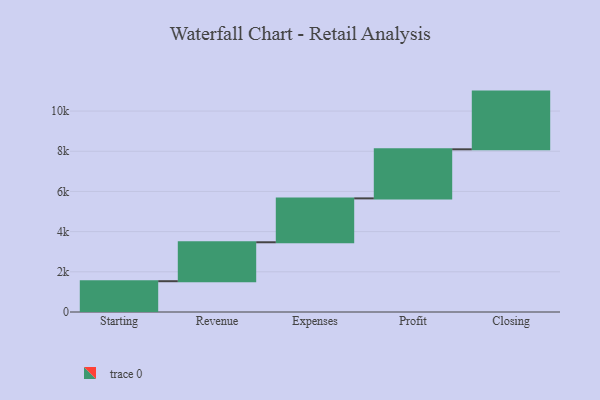
{"axis": {"x": "Step", "y": "Value"}, "legend": [""], "data": [{"x": "Starting", "y": 1532.0, "type": ""}, {"x": "Revenue", "y": 1938.0, "type": ""}, {"x": "Expenses", "y": 2184.0, "type": ""}, {"x": "Profit", "y": 2442.0, "type": ""}, {"x": "Closing", "y": 2872.0, "type": ""}]}